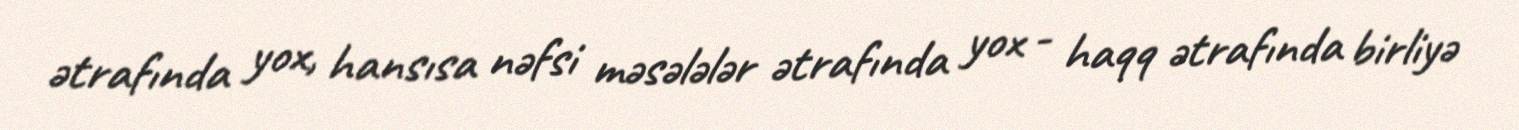
ətrafında yox, hansısa nəfsi məsələlər ətrafında yox - haqq ətrafında birliyə